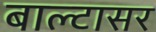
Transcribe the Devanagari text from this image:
बाल्टासर